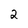
Character: 2